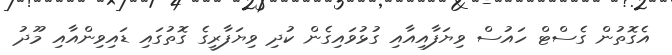
އެގޮތުން ގެސްޓް ހައުސް ވިޔަފާއިއާއި ގުޅުވައިގެން ކުދި ވިޔަފާރީގެ ގޮތުގައި ޑައިވިންއާއި މޫދު